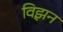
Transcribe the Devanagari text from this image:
विझ़न